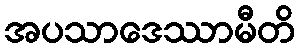
အပသာဒေဿာမီတိ